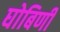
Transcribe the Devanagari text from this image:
घोबिणी